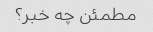
مطمئن چه خبر؟